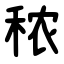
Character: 秾